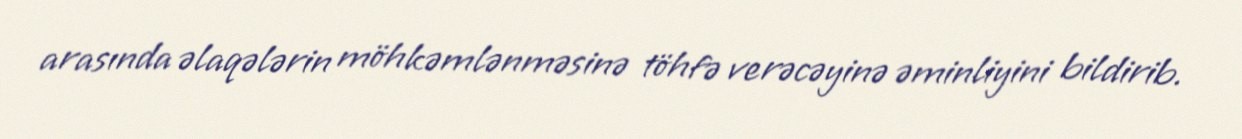
arasında əlaqələrin möhkəmlənməsinə töhfə verəcəyinə əminliyini bildirib.